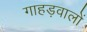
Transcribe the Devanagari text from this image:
गाहड़वालों